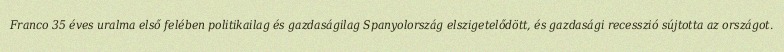
Franco 35 éves uralma első felében politikailag és gazdaságilag Spanyolország elszigetelődött, és gazdasági recesszió sújtotta az országot.